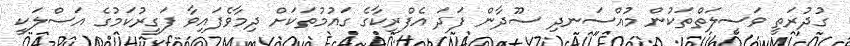
ގުދުރަތީ ވަސީލަތްތަކުން މުއްސަނދި ސޫދާން ފަދަ އެފްރިކާގެ ގައުމުތަކަށް ދިމާވެފައިވާ ފަގީރުކަމުގެ އަސްލަކީ